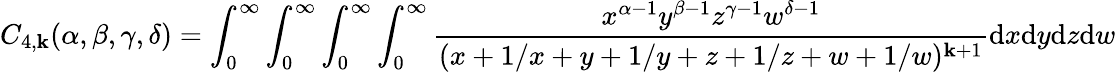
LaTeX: C_{4,\mathbf{k}}(\alpha,\beta,\gamma,\delta)=\int_{0}^{\infty}\int_{0}^{\infty}\int_{0}^{\infty}\int_{0}^{\infty}\frac{{x^{\alpha-1}y^{\beta-1}z^{\gamma-1}w^{\delta-1}}}{{(x+1/x+y+1/y+z+1/z+w+1/w)^{\mathbf{k}+1}}}\mathrm{{d}}x\mathrm{{d}}y\mathrm{{d}}z\mathrm{{d}}w